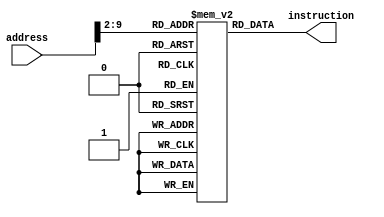
`timescale 1ns / 1ps
//////////////////////////////////////////////////////////////////////////////////
// Company: 
// Engineer: 
// 
// Design Name: 
// Module Name:    inst_memory_32x256 
// Project Name: 
// Target Devices: 
// Tool versions: 
// Description: 
//
// Dependencies: 
//
// Revision: 
// Revision 0.01 - File Created
// Additional Comments: 
//
//////////////////////////////////////////////////////////////////////////////////

//add		| 32'b000000 00000 00000 00000 00000 100000
//addi	| 32'b001000 00000 00000 0000000000000000
//sub		| 32'b000000 00000 00000 00000 00000 100010
//div		| 32'b000000 00000 00000 00 0000 0000 011010
//mul		| 32'b000000 00000 00000 00000 00000 011000
//SLT		| 32'b000000 00000 00000 00000 00000 101010
//AND		| 32'b000000 00000 00000 00000 00000 100100
//OR		| 32'b000000 00000 00000 00000 00000 100101
//beq		| 32'b000100 00000 00000 00000 00000 000000
//bne		| 32'b000101 00000 00000 00000 00000 000000
//lw		| 32'b100011 00000 00000 00000 00000 000000
//sw		| 32'b101011 00000 00000 00000 00000 000000
//j		| 32'b000010 00000 00000 00000 00000 000000

module inst_memory_32x256(
    input [31:0] address,
    output [31:0] instruction
    );
	
	reg [31:0] inst_rom [255:0];				//rom storage register
	wire [7:0] rom_address = address[31:0]>>2;	//address to select register
	reg [8:0] i;									//counter var in for loop
	
	initial begin	//set all the rom in the block to 0x00000000
		for(i=0; i<256; i=i+1) begin
			inst_rom[i] = 32'h00000000;
		end
		/*
		inst_rom[0] = 32'b00000000000000000000000000000000;	//no instruction for first cycle
		inst_rom[1] = 32'b00100000000000010000000000001010;	//addi 10 into reg 1
		inst_rom[2] = 32'b00100000000000100000000000001111;	//addi 15 into reg 2
		inst_rom[3] = 32'b00000000001000100001100000100000;	//add reg 1 and 2, store in reg 3
		*/
		inst_rom[0] = 32'b00000000000000000000000000000000;	//no instruction for first cycle
		
		inst_rom[1] = 32'b00100000000000010000001111101000;	//addi 1, 0, 1000;
		inst_rom[2] = 32'b00100000000000100000000011001000;	//addi 2, 0, 200;
		inst_rom[3] = 32'b00100000000000111111111011010100;	//addi 3, 0, -300;
		inst_rom[4] = 32'b00100000000001000000000110010000;	//addi 4, 0, 400;
		inst_rom[5] = 32'b00100000000001011111111110011100;	//addi 5, 0, -100;
		inst_rom[6] = 32'b00100000000001100000000000000011;	//addi 6, 0, 3;
		
		inst_rom[7] = 32'b00000000000000000000000000000000;	//no instruction for first cycle
		
		inst_rom[8] = 32'b00000000001000100000100000011000;	//mul 1, 1, 2;
		inst_rom[9] = 32'b00000000011001000001100000011000;	//mul 3, 3, 4;
		inst_rom[10] = 32'b00000000001000110000100000100000;	//add 1, 1, 3;
		inst_rom[11] = 32'b00000000001001010000100000100010;	//sub 1, 1, 5;
		inst_rom[12] = 32'b00000000001001100000100000011010;	//div 1, 1, 6;
		
		inst_rom[13] = 32'b00000000000000000000000000000000;	//no instruction for first cycle
		
		inst_rom[14] = 32'b10101100000000010000000000000000;	//sw 1, 0(0);
		inst_rom[15] = 32'b10001100000000010000000000000000;	//lw 1, 0(0);
		
		//inst_rom[12] = 32'b001000 00000 00011 1111111011010100;	//
		//inst_rom[13] = 32'b001000 00000 00001 0000001111101000;	//
		//inst_rom[14] = 32'b001000 00000 00010 0000000011001000;	//
		//inst_rom[15] = 32'b001000 00000 00011 1111111011010100;	//
		
	end
	
	assign instruction = inst_rom[rom_address];	//assign data in rom to instruction output
	
endmodule